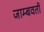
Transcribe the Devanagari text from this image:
जाम्‍बवती